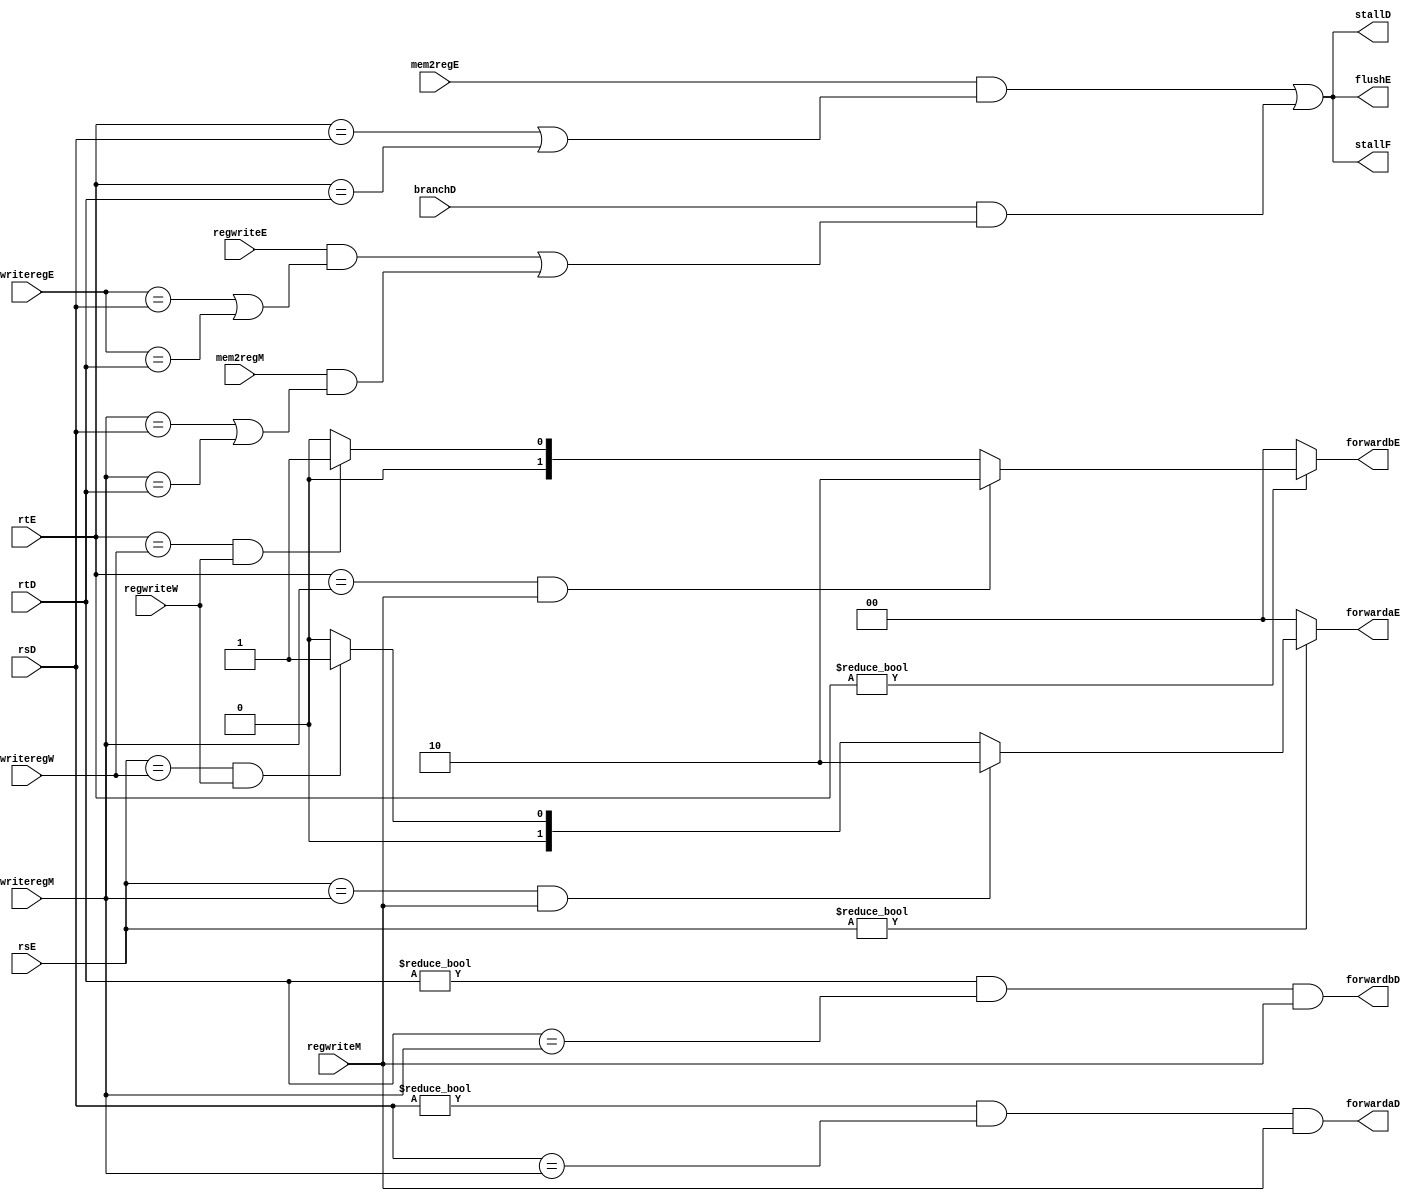
`timescale 1ns / 1ps
module hazard(
    input [4:0]rsD,rtD,rsE,rtE,
    input [4:0]writeregE,writeregM,writeregW,
    input regwriteE,regwriteM,regwriteW,
    input mem2regE,mem2regM,branchD,
    output forwardaD,forwardbD,
    output reg [1:0]forwardaE,forwardbE,
    output stallF,stallD,flushE
);

wire lwstallD,branchstallD;

//forwarding sources to D stage (branch equality)
assign forwardaD = (rsD != 0 & rsD == writeregM & regwriteM);
assign forwardbD = (rtD != 0 & rtD == writeregM & regwriteM);

//forwarding sources to E stage(ALU)
always@(*) begin
    forwardaE = 2'b00;
    forwardbE = 2'b00;
    if (rsE != 0)
        if (rsE == writeregM & regwriteM) forwardaE = 2'b10;
        else if (rsE == writeregW & regwriteW) forwardaE = 2'b01;
    if (rtE != 0)
        if (rtE== writeregM & regwriteM) forwardbE = 2'b10;
        else if (rtE == writeregW & regwriteW) forwardbE = 2'b01;
end 

//stalls
assign #1 lwstallD = mem2regE & (rtE == rsD | rtE == rtD);
assign #1 branchstallD = branchD & 
        (
        regwriteE & (writeregE == rsD | writeregE == rtD) | 
        mem2regM & (writeregM == rsD | writeregM ==rtD)
        );

assign #1 stallD = lwstallD | branchstallD;
assign #1 stallF = stallD;
assign #1 flushE = stallD;


endmodule